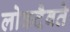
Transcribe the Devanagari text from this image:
लोकदैवते